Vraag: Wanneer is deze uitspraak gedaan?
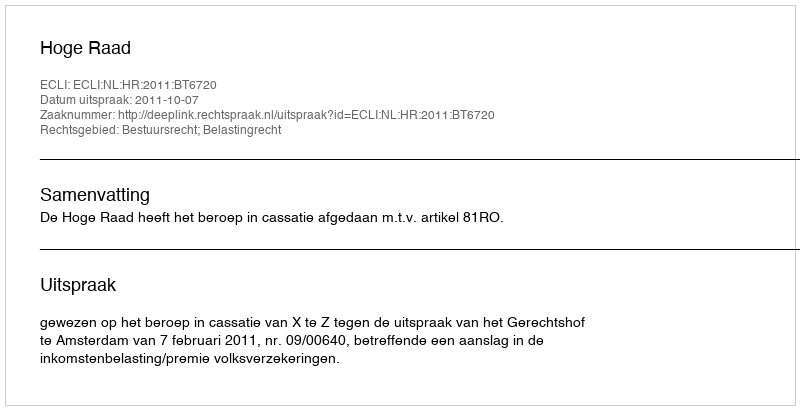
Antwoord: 2011-10-07